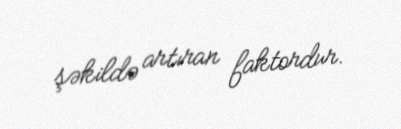
şəkildə artıran faktordur.